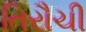
તિરૌચી